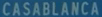
CASABLANCA